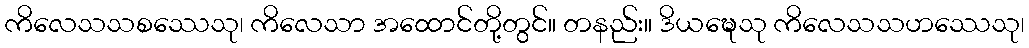
ကိလေသသစဿေသု၊ ကိလေသာ အထောင်တို့တွင်။ တနည်း။ ဒိယဍ္ဎေသု ကိလေသသဟဿေသု၊